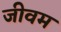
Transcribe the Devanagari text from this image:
जीवम